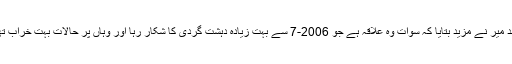
حامد میر نے مزید بتایا کہ سوات وہ علاقہ ہے جو 2006-7 سے بہت زیادہ دہشت گردی کا شکار رہا اور وہاں پر حالات بہت خراب تھے۔